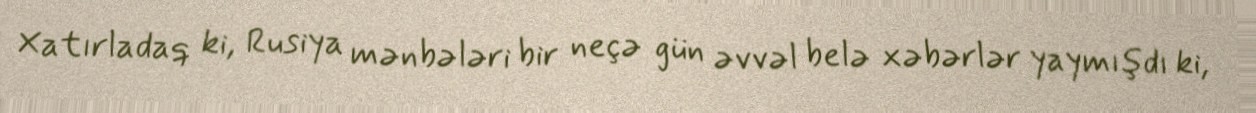
Xatırladaq ki, Rusiya mənbələri bir neçə gün əvvəl belə xəbərlər yaymışdı ki,